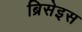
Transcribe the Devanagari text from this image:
ब्रिसेइस